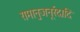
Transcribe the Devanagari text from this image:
रामानुजनूर्रदादि